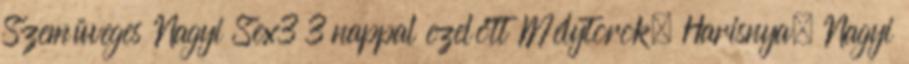
Szemüveges Nagyi Sex3 3 nappal ezelőtt Mélytorok, Harisnya, Nagyi